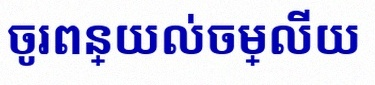
ចូរពន្យល់ចម្លើយ